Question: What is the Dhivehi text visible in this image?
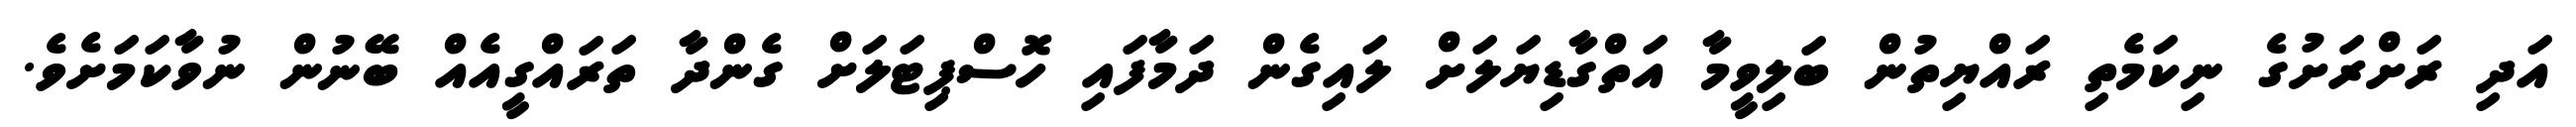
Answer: އަދި ރަށްރަށުގެ ނިކަމެތި ރައްޔިތުން ބަލިވީމާ އަތްގާޑިޔަލަށް ލައިގެން ދަމާފައި ހޮސްޕިޓަލަށް ގެންދާ ތަރައްގީއެއް ބޭނުން ނުވާކަމަށެވެ.